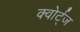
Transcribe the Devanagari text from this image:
क्वोर्ट्‌ज